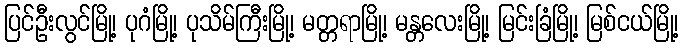
ပြင်ဦးလွင်မြို့၊ ပုဂံမြို့၊ ပုသိမ်ကြီးမြို့၊ မတ္တရာမြို့၊ မန္တလေးမြို့၊ မြင်းခြံမြို့၊ မြစ်ငယ်မြို့၊